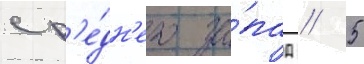
ср'е́дн'его за́пад // 5